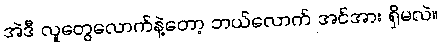
အဲဒီ လူတွေလောက်နဲ့တော့ ဘယ်လောက် အင်အား ရှိမလဲ။